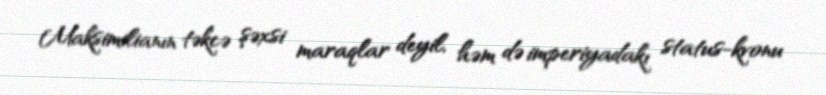
Maksimilianın təkcə şəxsi maraqlar deyil, həm də imperiyadakı status-kvonu